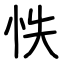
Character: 怢